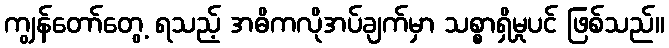
ကျွန်တော်တွေ့ ရသည့် အဓိကလိုအပ်ချက်မှာ သစ္စာရှိမှုပင် ဖြစ်သည်။